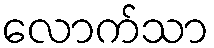
လောက်သာ